Civil Veterinary Department Bengal reports 1923-33 - 1923-1933
Year: 1923
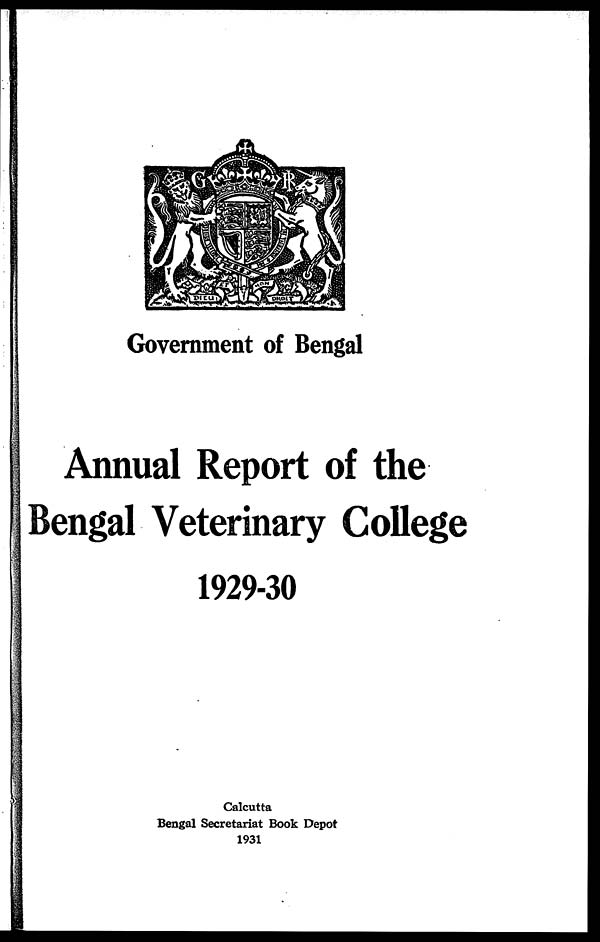
Government of Bengal
Annual Report of the
Bengal Veterinary College
1929-30
Calcutta
Bengal Secretariat Book Depot
1931